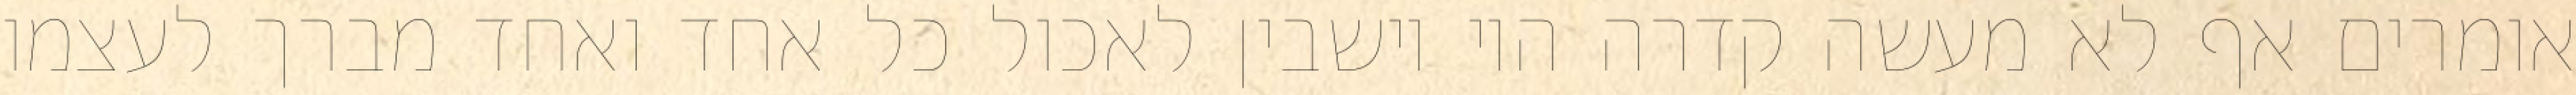
אומרים אף לא מעשה קדרה היו יושבין לאכול כל אחד ואחד מברך לעצמו